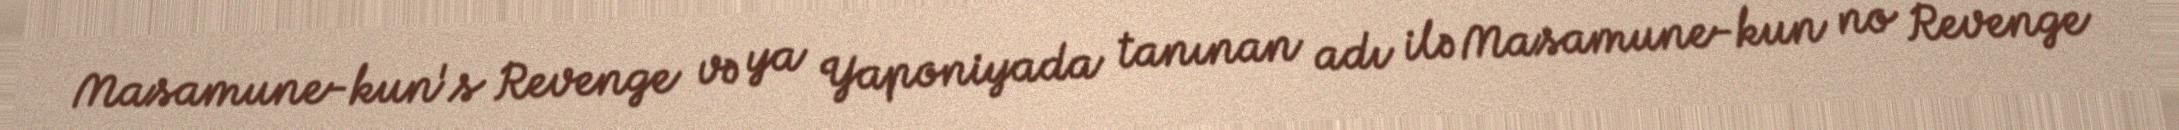
Masamune-kun's Revenge və ya Yaponiyada tanınan adı ilə Masamune-kun no Revenge